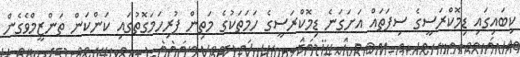
ކިބައިގައި ޑިމޮކްރަސީގެ ސިފަތައް އަށަގަނެ ޑިމޮކްރަސީގެ ހަމަތަކުގެ މަތިން ފުރިހަމަގޮތުގައި ކަންކަން ތަންޒީމްވެގެން